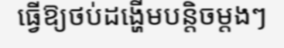
ធ្វើឱ្យថប់ដង្ហើមបន្តិចម្តងៗ